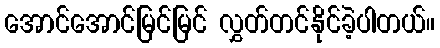
အောင်အောင်မြင်မြင် လွှတ်တင်နိုင်ခဲ့ပါတယ်။